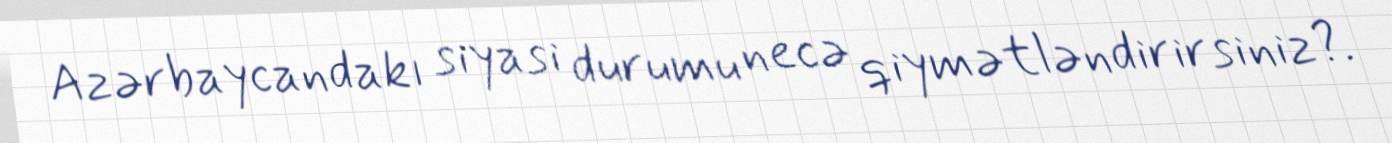
Azərbaycandakı siyasi durumu necə qiymətləndirirsiniz?.